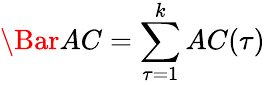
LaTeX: \Bar{AC}=\sum_{\tau=1}^{k}AC(\tau)